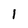
Character: 1